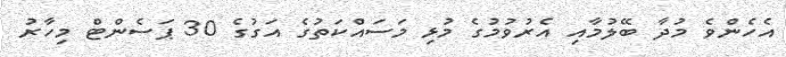
އެހެންވެ މުދާ ބޭލުމާއި އެރުވުމުގެ މުޅި މަސައްކަތުގެ އަގުގެ 30 ޕަސެންޓް މިހާރު